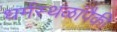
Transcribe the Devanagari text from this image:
धर्मस्थळांपैकी